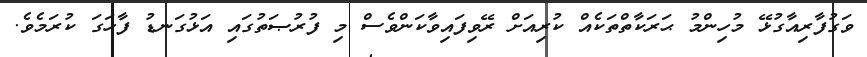
ވަގުފާރިއާގުޅޭ މުހިންމު ޙަރަކާތްތަކެއް ކުރިއަށް ރޭވިފައިވާކަންވެސް މި ފުރުޞަތުގައި އަޅުގަނޑު ފާހަގަ ކުރަމެވެ.